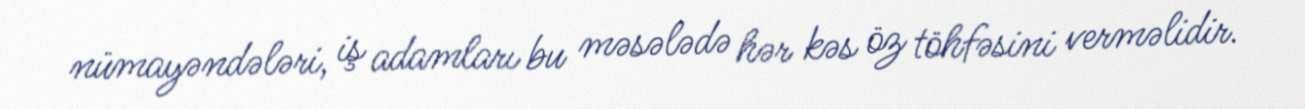
nümayəndələri, iş adamları bu məsələdə hər kəs öz töhfəsini verməlidir.